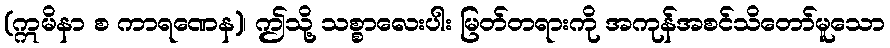
(ဣမိနာ စ ကာရဏေန)၊ ဤသို့ သစ္စာလေးပါး မြတ်တရားကို အကုန်အစင်သိတော်မူသော